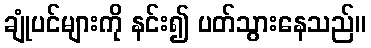
ချုံပင်များကို နင်း၍ ပတ်သွားနေသည်။